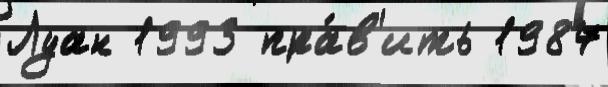
Луан 1993 пра́в'ить 1987